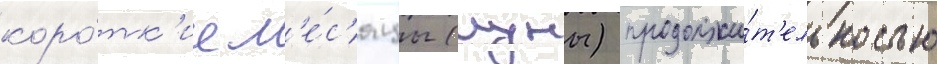
коро́тк'ие м'е́с'яцы (луны) продолжи́т'ельностью